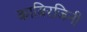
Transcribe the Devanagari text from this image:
काबिरजिनी